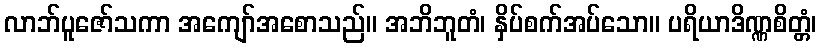
လာဘ်ပူဇော်သကာ အကျော်အစောသည်။ အဘိဘူတံ၊ နှိပ်စက်အပ်သော။ ပရိယာဒိဏ္ဏစိတ္တံ၊